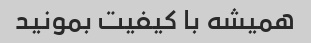
همیشه با کیفیت بمونید